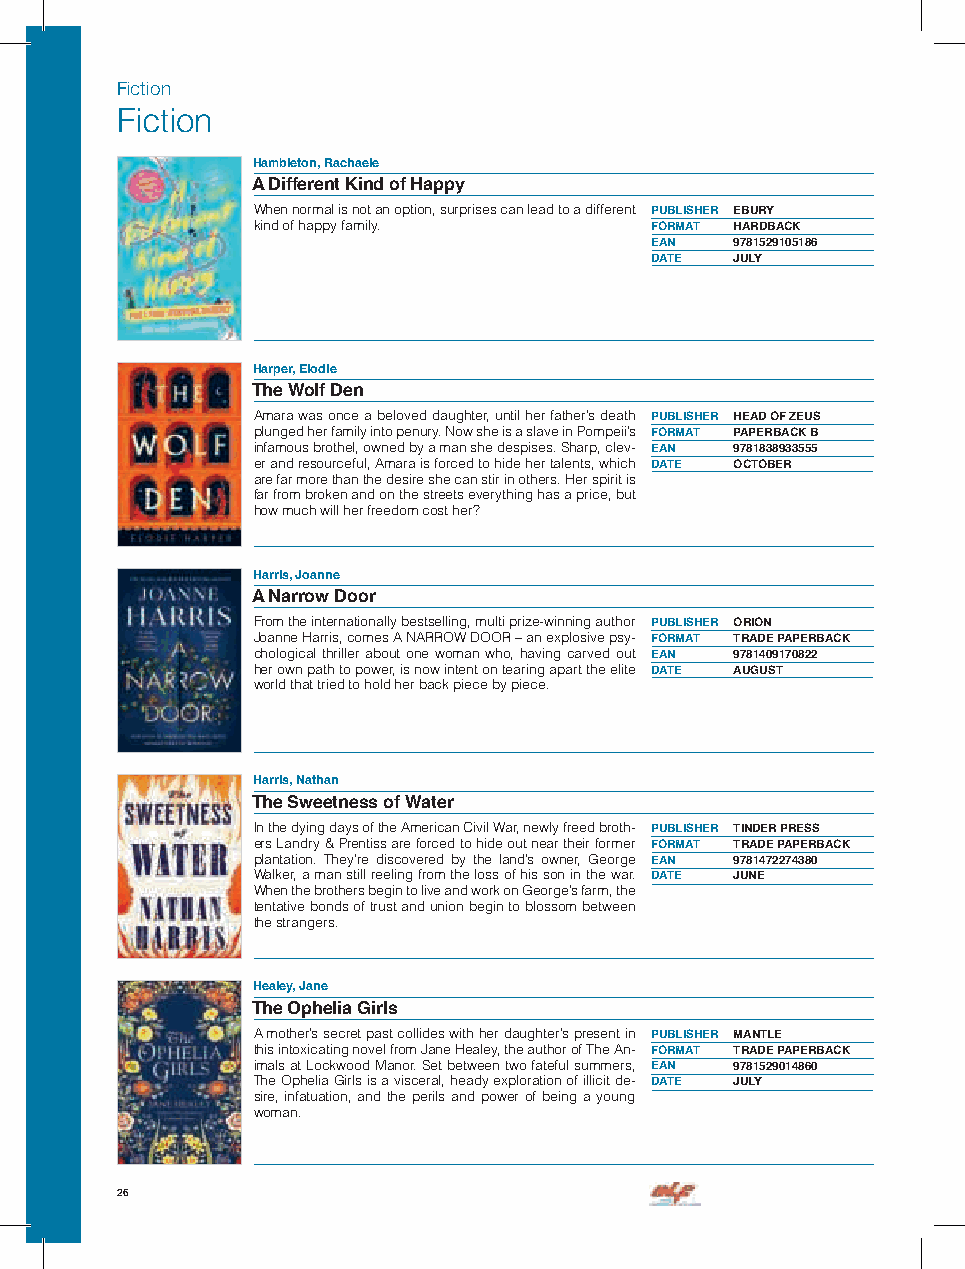
Fiction
 Fiction
 Hambleton, Rachaele
 A Different Kind of Happy
 When normal is not an option, surprises can lead to a different PUBLISHER EBURY
 kind of happy family.     FORMAT HARDBACK
 EAN   9781529105186
 DATE  JULY
 Harper, Elodie
 The Wolf Den
 Amara was once a beloved daughter, until her father’s death PUBLISHER HEAD OF ZEUS
 plunged her family into penury. Now she is a slave in Pompeii’s FORMAT PAPERBACK B
 infamous brothel, owned by a man she despises. Sharp, clev- EAN 9781838933555
 er and resourceful, Amara is forced to hide her talents, which DATE OCTOBER
 are far more than the desire she can stir in others. Her spirit is
 far from broken and on the streets everything has a price, but
 how much will her freedom cost her?
 Harris, Joanne
 A Narrow Door
 From the internationally bestselling, multi prize-winning author PUBLISHER ORION
 Joanne Harris, comes A NARROW DOOR – an explosive psy- FORMAT TRADE PAPERBACK
 chological thriller about one woman who, having carved out EAN 9781409170822
 her own path to power, is now intent on tearing apart the elite DATE AUGUST
 world that tried to hold her back piece by piece.
 Harris, Nathan
 The Sweetness of Water
 In the dying days of the American Civil War, newly freed broth- PUBLISHER TINDER PRESS
 ers Landry & Prentiss are forced to hide out near their former FORMAT TRADE PAPERBACK
 plantation. They’re discovered by the land’s owner, George EAN 9781472274380
 Walker, a man still reeling from the loss of his son in the war. DATE JUNE
 When the brothers begin to live and work on George’s farm, the
 tentative bonds of trust and union begin to blossom between
 the strangers.
 Healey, Jane
 The Ophelia Girls
 A mother’s secret past collides with her daughter’s present in PUBLISHER MANTLE
 this intoxicating novel from Jane Healey, the author of The An- FORMAT TRADE PAPERBACK
 imals at Lockwood Manor. Set between two fateful summers, EAN 9781529014860
 The Ophelia Girls is a visceral, heady exploration of illicit de- DATE JULY
 sire, infatuation, and the perils and power of being a young
 woman.
 26